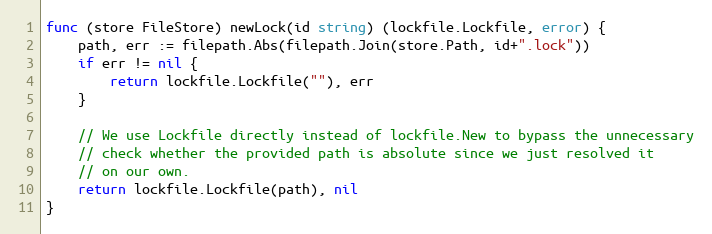
Language: Go
func (store FileStore) newLock(id string) (lockfile.Lockfile, error) {
	path, err := filepath.Abs(filepath.Join(store.Path, id+".lock"))
	if err != nil {
		return lockfile.Lockfile(""), err
	}

	// We use Lockfile directly instead of lockfile.New to bypass the unnecessary
	// check whether the provided path is absolute since we just resolved it
	// on our own.
	return lockfile.Lockfile(path), nil
}